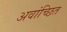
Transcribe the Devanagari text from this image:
अवांच्छित